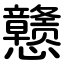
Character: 戆